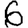
Digit: 6